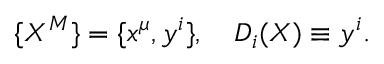
\{ X ^ { M } \} = \{ x ^ { \mu } , y ^ { i } \} , \quad D _ { i } ( X ) \equiv y ^ { i } .